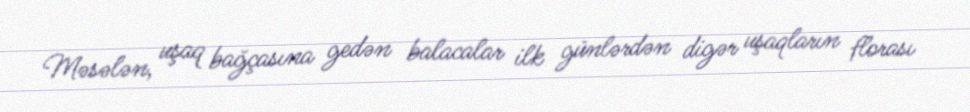
Məsələn, uşaq bağçasına gedən balacalar ilk günlərdən digər uşaqların florası